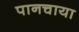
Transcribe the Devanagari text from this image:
पानचाया